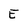
Character: E